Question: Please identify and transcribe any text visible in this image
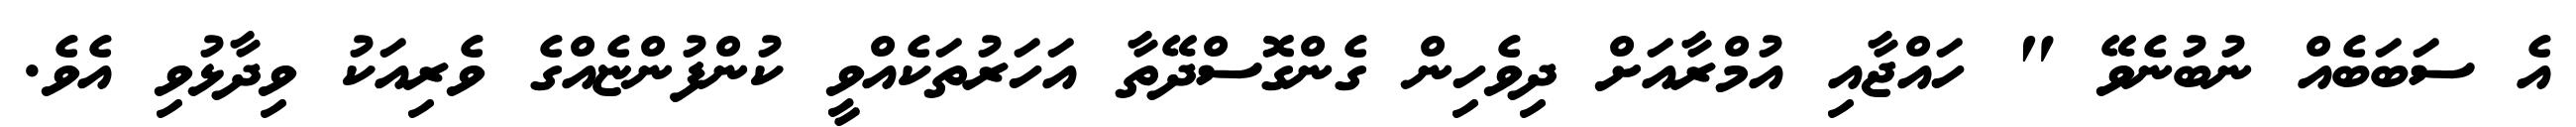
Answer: އެ ސަބަބެއް ނުބުނެވޭ " ހައްޖާއި އުމްރާއަށް ދިވެހިން ގެންގޮސްދޭތާ އަހަރުތަކެއްވީ ކުންފުންޏެއްގެ ވެރިއަކު ވިދާޅުވި އެވެ.